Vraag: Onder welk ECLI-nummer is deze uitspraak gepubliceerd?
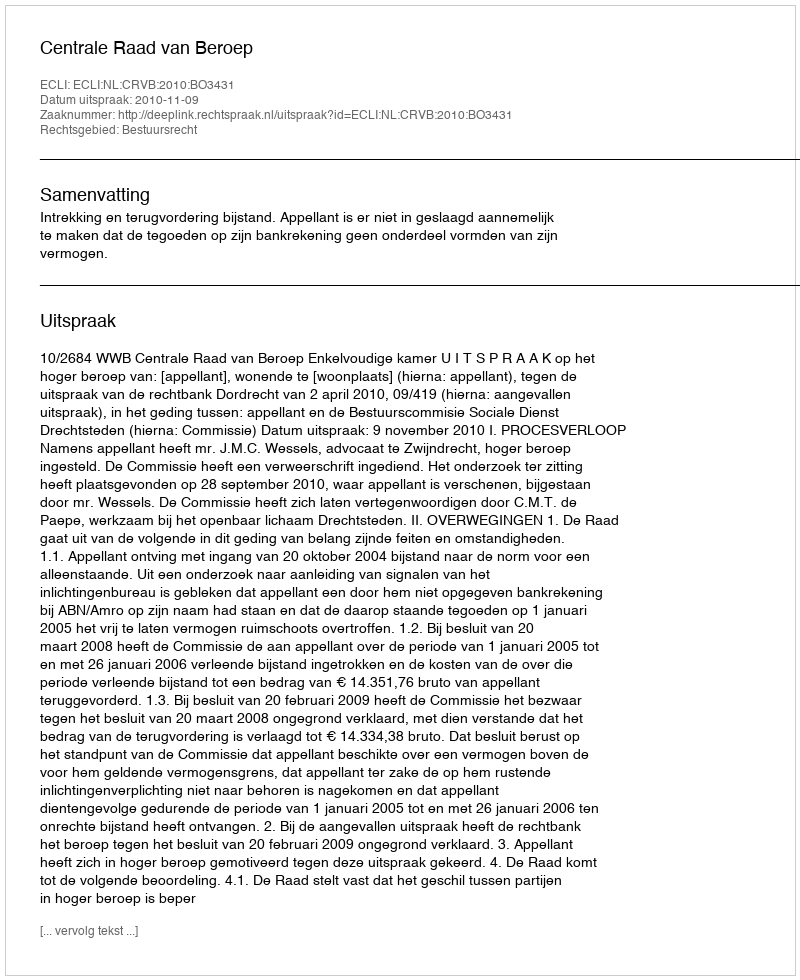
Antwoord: ECLI:NL:CRVB:2010:BO3431